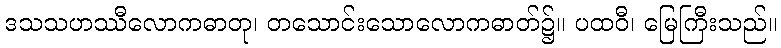
ဒသသဟဿီလောကဓာတု၊ တသောင်းသောလောကဓာတ်၌။ ပထဝီ၊ မြေကြီးသည်။